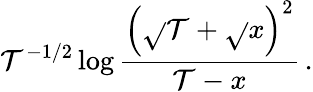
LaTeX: \mathcal{T}^{-1/2}\log{\frac{{\left(\sqrt{}{{\mathcal{T}}}+\sqrt{}{{x}}\right)^{2}}}{{\mathcal{T}-x}}}\, .